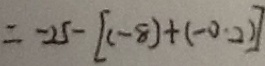
= - 2 5 - [ ( - 8 ) + ( - 0 . 2 ) ]